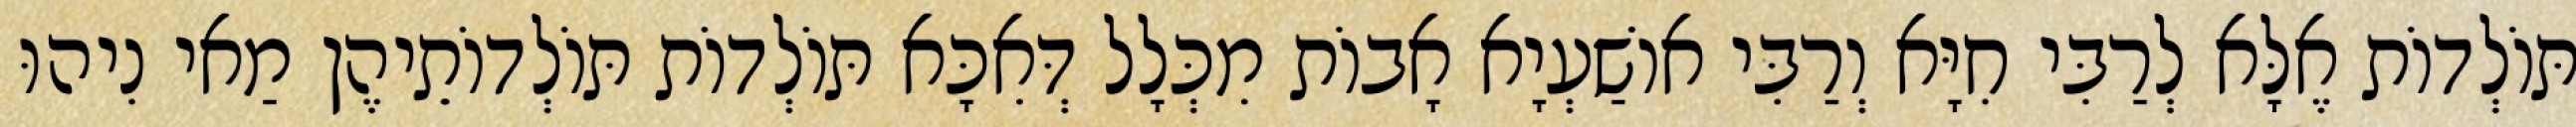
תּוֹלְדוֹת אֶלָּא לְרַבִּי חִיָּא וְרַבִּי אוֹשַׁעְיָא אָבוֹת מִכְּלָל דְּאִכָּא תּוֹלְדוֹת תּוֹלְדוֹתֵיהֶן מַאי נִיהוּ